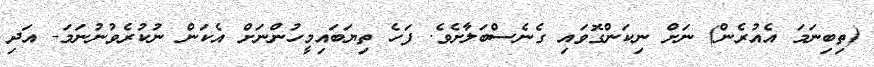
(ތިބިނަމަ އެއުރެން) ނަށް ނިކަންގޮވައި ގެނެސްބަލާށެވެ. ފަހެ ތިޔަބައިމީހުންނަށް އެކަން ނުކުރެވުނުނަމަ- އަދި